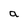
Character: a